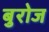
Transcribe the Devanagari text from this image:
बुरोज